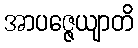
အာပဇ္ဇေယျာတိ